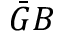
\bar { G } B